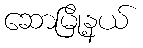
ဆောမြို့နယ်